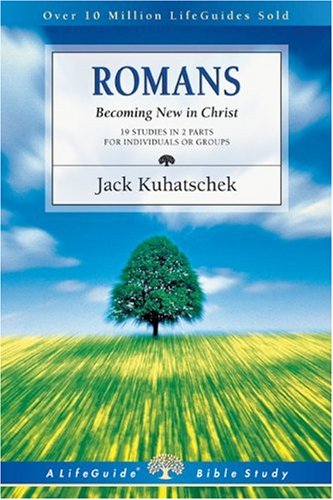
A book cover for Romans: Becoming New in Christ : 19 Studies in 2 Parts for Individuals or Groups (Lifeguide Bible Studies); Jack Kuhatschek; Christian Books & Bibles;